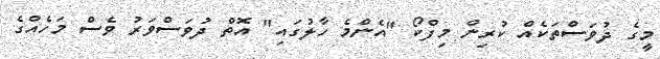
މީގެ ދުވަސްތަކެއް ކުރިން މިފްކޯ "އެންމެ ހާލުގައި" އޮތް ދުވަސްވަރު ވެސް މަހެއްގެ